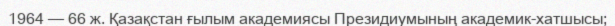
1964 — 66 ж. Қазақстан ғылым академиясы Президиумының академик-хатшысы;